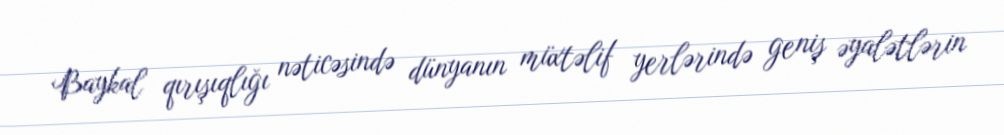
Baykal qırışıqlığı nəticəsində dünyanın müxtəlif yerlərində geniş əyalətlərin